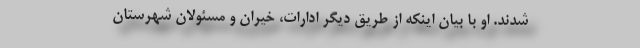
شدند. او با بیان اینکه از طریق دیگر ادارات، خیران و مسئولان شهرستان